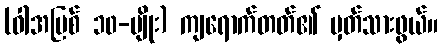
(ဝါအပြစ် ၁၀-မျိုး) ကျရောက်တတ်၏ မှတ်သားဖွယ်။